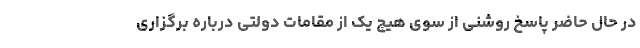
در حال حاضر پاسخ روشنی از سوی هیچ یک از مقامات دولتی درباره برگزاری